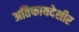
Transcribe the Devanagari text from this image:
अतिफायदेशीर